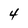
Character: 4